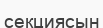
секциясын